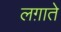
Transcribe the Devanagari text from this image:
लग़ाते